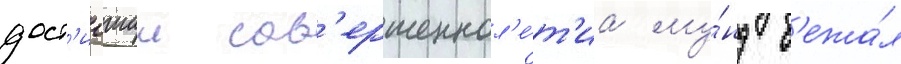
дост'игшии сов'ершеннол'е́т'иа му́нд б'ежа́л